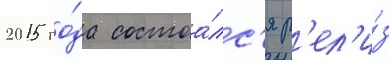
2015 го́да состоа́лс'я р'ел'и́з